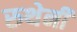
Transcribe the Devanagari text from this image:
रुथेनी